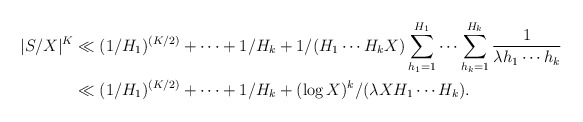
\begin{align*}| S / X |^K &\ll ( 1/H_1)^{(K/2)} + \cdots + 1/H_k + 1/ ( H_1 \cdots H_k X ) \sum_{h_1=1}^{H_1} \cdots \sum_{h_k=1}^{H_k} \frac{1}{\lambda h_1 \cdots h_k} \\ &\ll (1/H_1)^{(K/2)} + \cdots + 1/ H_k + ( \log X )^k /( \lambda X H_1 \cdots H_k).\end{align*}